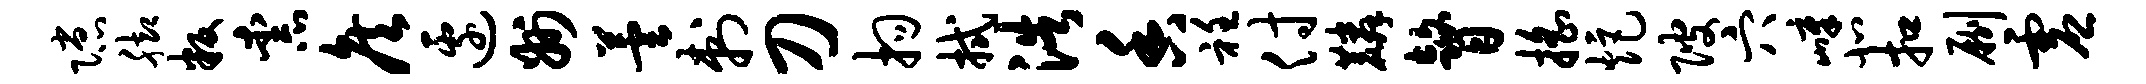
隙脚叛柰侯边州芸刺刀拘拭浩香衽付麟瞽摇炬陂穴嶂北扣劂虚